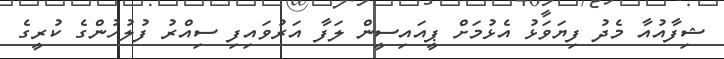
ޝިފާއުއާ މެދު ފިޔަވަޅު އެޅުމަށް ޕީއައިސީން ލަފާ އަރުވައިފި ސިއްރު ފުލުހުންގެ ކުރީގެ